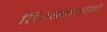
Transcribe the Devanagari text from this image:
तिरस्काराचे